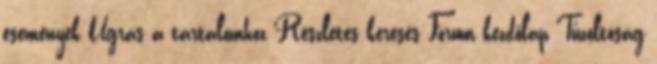
események Ugrás a tartalomhoz Részletes keresés Fórum kezdőlap Tűzoltóság